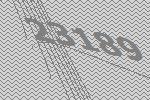
23189